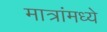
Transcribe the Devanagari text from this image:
मात्रांमध्ये